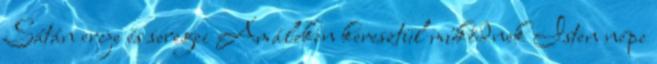
Sátán ereje és seregei Amáleken keresztül működnek Isten népe